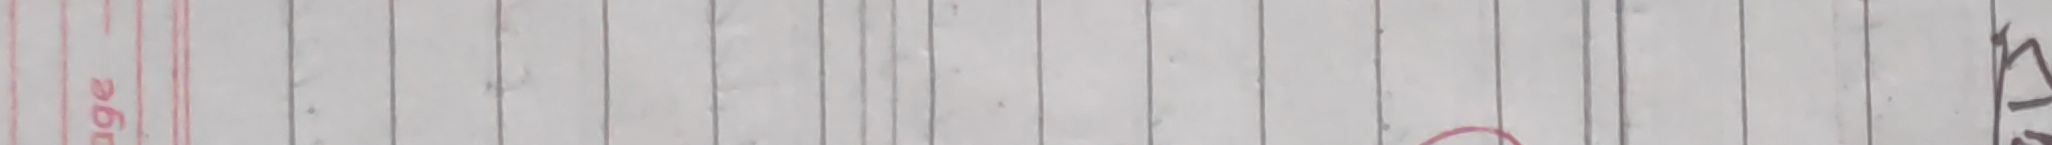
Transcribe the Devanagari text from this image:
दिन